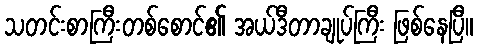
သတင်းစာကြီးတစ်စောင်၏ အယ်ဒီတာချုပ်ကြီး ဖြစ်နေပြီ။